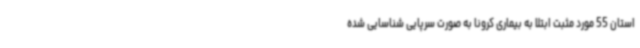
استان 55 مورد مثبت ابتلا به بیماری کرونا به ‌صورت سرپایی شناسایی شده